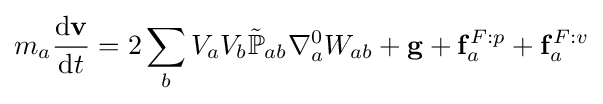
m_{a}{\frac {{\text{d}}\mathbf {v} }{{\text{d}}t}}=2\sum _{b}V_{a}V_{b}{\tilde {\mathbb {P} }}_{ab}\nabla _{a}^{0}W_{ab}+\mathbf {g} +\mathbf {f} _{a}^{F:p}+\mathbf {f} _{a}^{F:v}